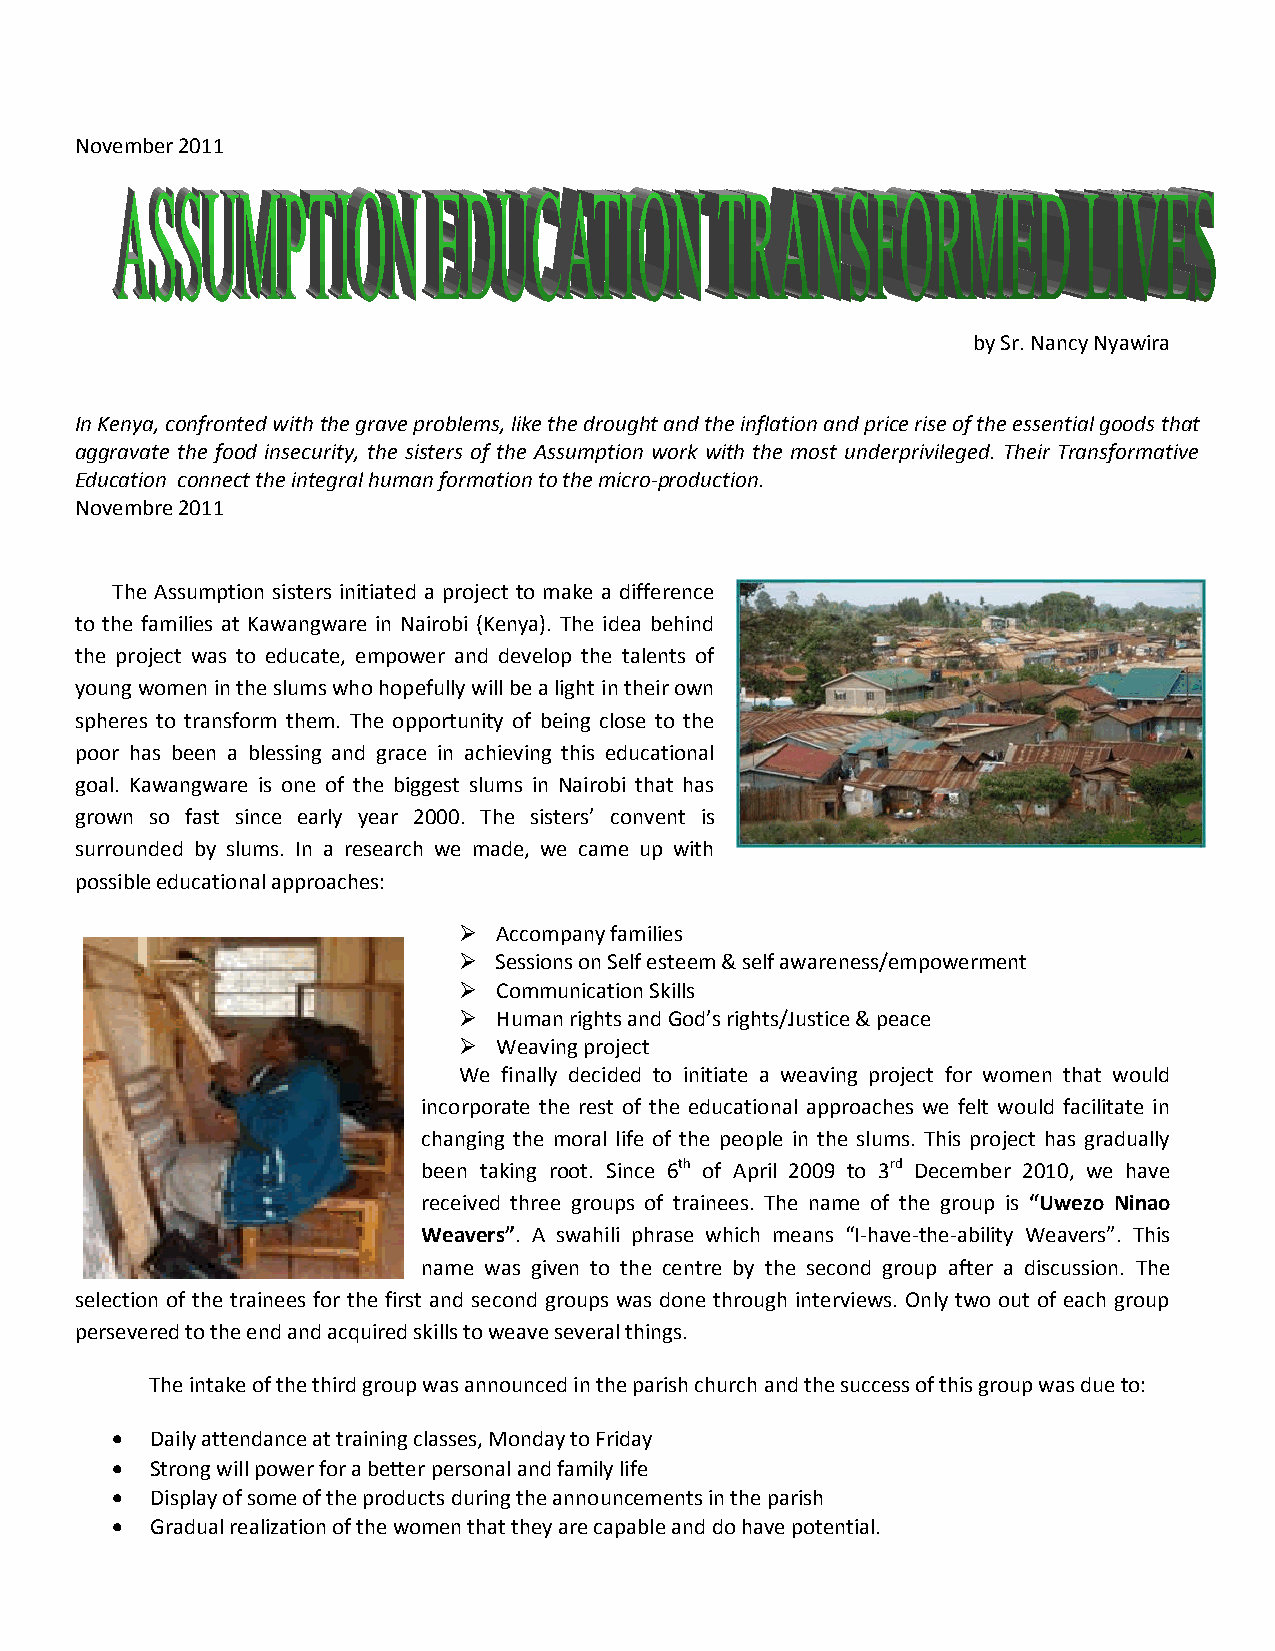
November 2011
 by Sr. Nancy Nyawira
 In Kenya, confronted with the grave problems, like the drought and the inflation and price rise of the essential goods that
 aggravate the food insecurity, the sisters of the Assumption work with the most underprivileged. Their Transformative
 Education connect the integral human formation to the micro-production.
 Novembre 2011
 The Assumption sisters initiated a project to make a difference
 to the families at Kawangware in Nairobi (Kenya). The idea behind
 the project was to educate, empower and develop the talents of
 young women in the slums who hopefully will be a light in their own
 spheres to transform them. The opportunity of being close to the
 poor has been a blessing and grace in achieving this educational
 goal. Kawangware is one of the biggest slums in Nairobi that has
 grown so fast since early year 2000. The sisters’ convent is
 surrounded by slums. In a research we made, we came up with
 possible educational approaches:
   Accompany families
   Sessions on Self esteem & self awareness/empowerment
   Communication Skills
   Human rights and God’s rights/Justice & peace
   Weaving project
 We finally decided to initiate a weaving project for women that would
 incorporate the rest of the educational approaches we felt would facilitate in
 changing the moral life of the people in the slums. This project has gradually
 been taking root. Since 6th of April 2009 to 3rd December 2010, we have
 received three groups of trainees. The name of the group is “Uwezo Ninao
 Weavers”. A swahili phrase which means “I-have-the-ability Weavers”. This
 name was given to the centre by the second group after a discussion. The
 selection of the trainees for the first and second groups was done through interviews. Only two out of each group
 persevered to the end and acquired skills to weave several things.
 The intake of the third group was announced in the parish church and the success of this group was due to:
   Daily attendance at training classes, Monday to Friday
   Strong will power for a better personal and family life
   Display of some of the products during the announcements in the parish
   Gradual realization of the women that they are capable and do have potential.